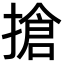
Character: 搶